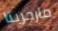
مارجريتا